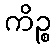
ကိဉ္စ